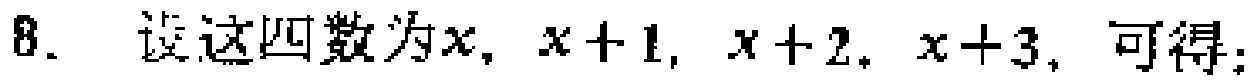
8. 设这四数为\(x,x + 1,x + 2,x + 3\)，可得：